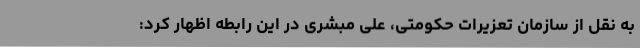
به نقل از سازمان تعزیرات حکومتی، علی مبشری در این رابطه اظهار کرد: